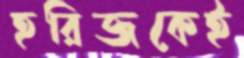
হরিজকেই